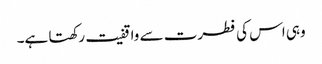
وہی اس کی فطرت سے واقفیت رکھتا ہے۔